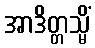
အာဒိတ္တသ္မိံ